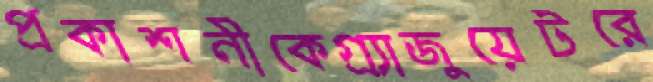
প্রকাশনীকেগ্র্যাজুয়েটরে